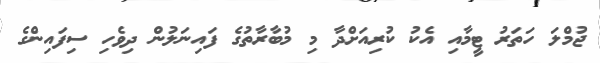
ޖުމްލަ ހަތަރު ޓީމާއި އެކު ކުރިއަށްދާ މި މުބާރާތުގެ ފައިނަލުން ދިވެހި ސިފައިންގެ